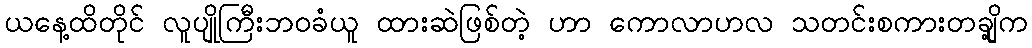
ယနေ့ထိတိုင် လူပျိုကြီးဘဝခံယူ ထားဆဲဖြစ်တဲ့ ဟာ ကောလာဟလ သတင်းစကားတချို့က